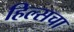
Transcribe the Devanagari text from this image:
हिल्सचा